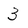
Character: 3